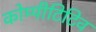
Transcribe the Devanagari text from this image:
कोम्पीटिटिव